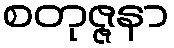
စတုဇ္ဇနာ